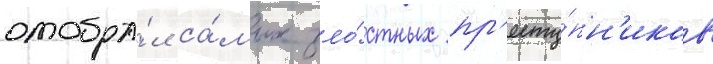
отобра́л са́мых зло́стных пр'есту́пн'иков